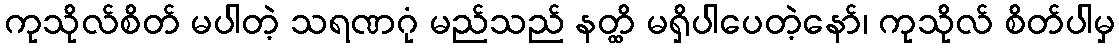
ကုသိုလ်စိတ် မပါတဲ့ သရဏဂုံ မည်သည် နတ္ထိ မရှိပါပေတဲ့နော်၊ ကုသိုလ် စိတ်ပါမှ